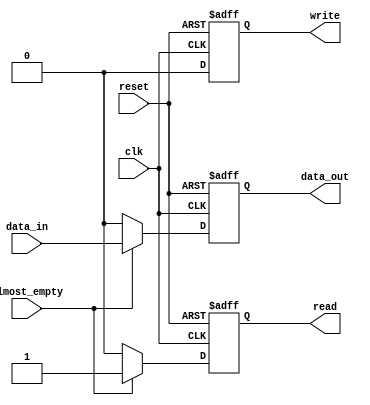
module timing_sync_control(
    input wire clk,
    input wire reset,
    input wire almost_empty,
    input wire data_in,
    output wire data_out,
    output wire read,
    output wire write
);

reg internal_data_out;
reg internal_read;
reg internal_write;

always @(posedge clk or posedge reset) begin
    if (reset) begin
        internal_data_out <= 1'b0;
        internal_read <= 1'b0;
        internal_write <= 1'b0;
    end else begin
        if (almost_empty) begin
            internal_data_out <= data_in;
            internal_read <= 1'b1;
            internal_write <= 1'b0;
        end else begin
            internal_data_out <= 1'b0;
            internal_read <= 1'b0;
            internal_write <= 1'b0;
        end
    end
end

assign data_out = internal_data_out;
assign read = internal_read;
assign write = internal_write;

endmodule